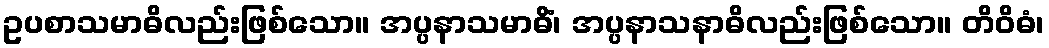
ဥပစာသမာဓိလည်းဖြစ်သော။ အပ္ပနာသမာဓိံ၊ အပ္ပနာသနာဓိလည်းဖြစ်သော။ တိဝိဓံ၊